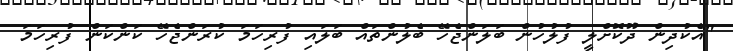
"އެކުދިން ދޫކޮށްލީ ފުލުހުން ބަލަންޖެހޭ ބެލުންތައް ބަލައި ފުރިހަމަ ކުރަންޖެހޭ ކަންކަން ފުރިހަމަ